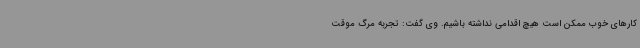
کارهای خوب ممکن است هیچ اقدامی نداشته باشیم. وی گفت: تجربه مرگ موقت